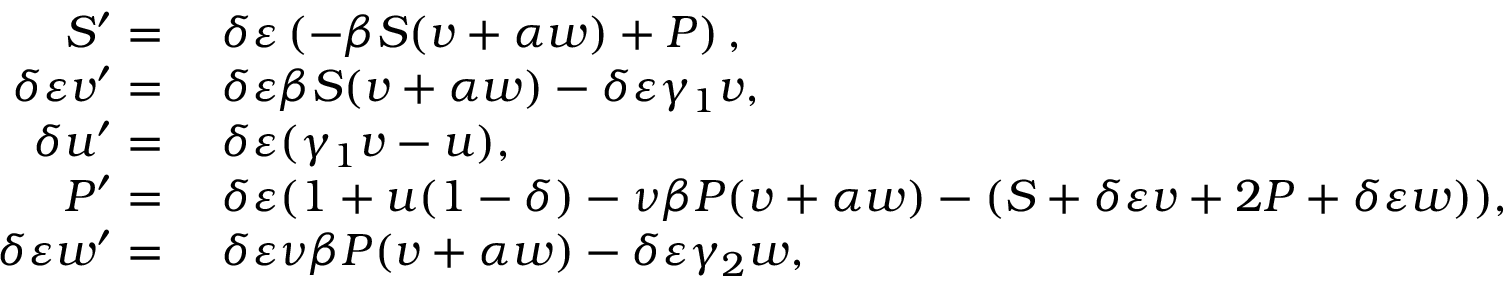
\begin{array} { r l } { S ^ { \prime } = } & { \; \delta \varepsilon \left( - \beta S ( v + \alpha w ) + P \right) , } \\ { \delta \varepsilon v ^ { \prime } = } & { \; \delta \varepsilon \beta S ( v + \alpha w ) - \delta \varepsilon \gamma _ { 1 } v , } \\ { \delta u ^ { \prime } = } & { \; \delta \varepsilon ( \gamma _ { 1 } v - u ) , } \\ { P ^ { \prime } = } & { \; \delta \varepsilon ( 1 + u ( 1 - \delta ) - \nu \beta P ( v + \alpha w ) - ( S + \delta \varepsilon v + 2 P + \delta \varepsilon w ) ) , } \\ { \delta \varepsilon w ^ { \prime } = } & { \; \delta \varepsilon \nu \beta P ( v + \alpha w ) - \delta \varepsilon \gamma _ { 2 } w , } \end{array}